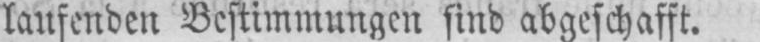
laufenden Bestimmungen sind abgeschafft.